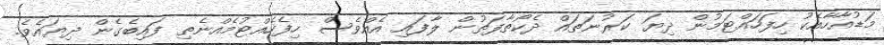
މަޑުއާހާއެކު ހިފަހައްޓަމުން ދިޔަ ކަރުނަތައް ދެކޯތާފަތުން ލާފައި އެއްވެސް ހިފެހެއްޓުމެއްނެތި ފައިބެގެން ދިޔައެވެ.